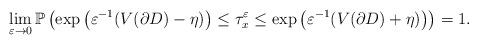
LaTeX: \begin{align*} \lim_{{\varepsilon} \to 0} {\mathbb{P}} \left(\exp\left({\varepsilon}^{-1}(V(\partial D)-\eta) \right) \leq \tau^{\varepsilon}_x \leq \exp\left({\varepsilon}^{-1}(V(\partial D) + \eta) \right) \right) = 1.\end{align*}